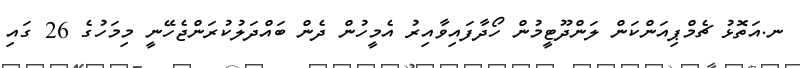
ނ.އަތޮޅު ޗެމްޕިއަންކަން ލަންދޫޓީމުން ހޯދާފައިވާއިރު އެމީހުން ދެން ބައްދަލުކުރަންޖެހޭނީ މިމަހުގެ 26 ގައި